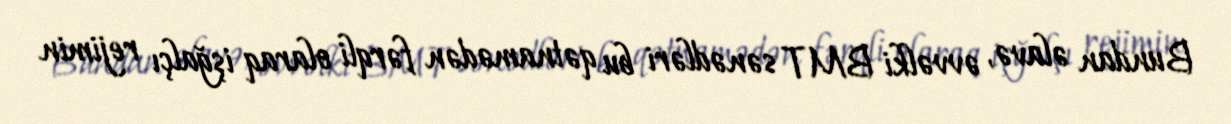
Bundan əlavə, əvvəlki BMT sənədləri bu qətnamədən fərqli olaraq işğalçı rejimin